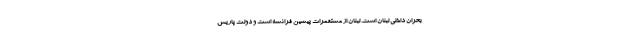
بحران داخلی لبنان است. لبنان از مستعمرات پیشین فرانسه است و دولت پاریس